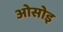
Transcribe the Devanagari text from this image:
ओसोइ